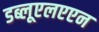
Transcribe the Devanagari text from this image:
डब्लूएलएएन